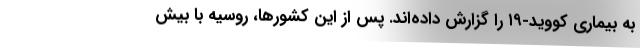
به بیماری کووید-۱۹ را گزارش داده‌اند. پس از این کشورها، روسیه با بیش